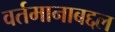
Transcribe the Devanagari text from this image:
वर्तमानाबद्दल